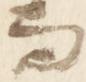
而